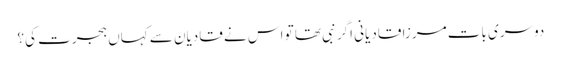
دوسری بات مرزا قادیانی اگر نبی تھا تو اس نے قادیان سے کہاں ہجرت کی؟